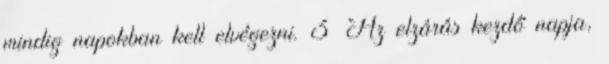
mindig napokban kell elvégezni. 3 Az elzárás kezdő napja,